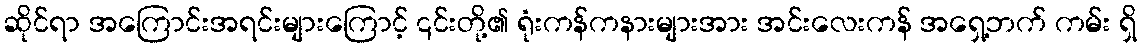
ဆိုင်ရာ အကြောင်းအရင်းများကြောင့် ၎င်းတို့၏ ရုံးကန်ကနားများအား အင်းလေးကန် အရှေ့ဘက် ကမ်း ရှိ